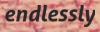
endlessly